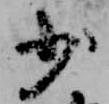
少